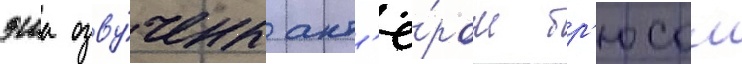
эша озву́чены акт'ё́ром бр'юсом